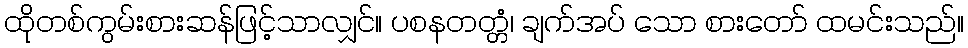
ထိုတစ်ကွမ်းစားဆန်ဖြင့်သာလျှင်။ ပစနတတ္တံ၊ ချက်အပ် သော စားတော် ထမင်းသည်။